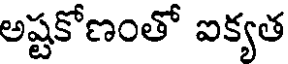
అష్టకోణంతో ఐక్యత